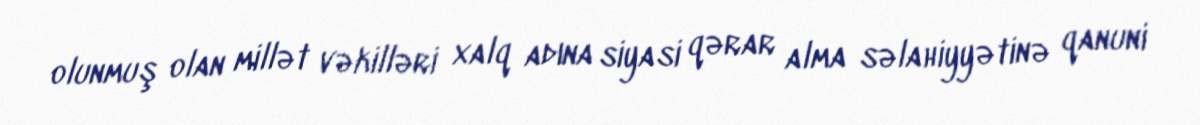
olunmuş olan millət vəkilləri xalq adına siyasi qərar alma səlahiyyətinə qanuni